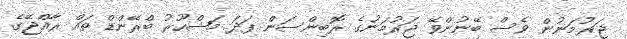
ޖަރުމަނުން ވެސް ބޭނުންވޭ ޖަރުމަނުގެ ރޮބިންސަން ފަދަ މަޝްހޫރު ބްރޭންޑް ތައް ރާއްޖޭގެ